画像に写った文字を読んでください
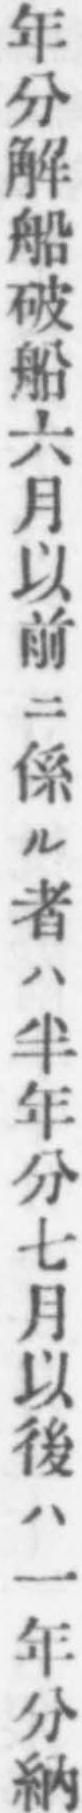
「年分解船破船六月以前ニ係ル者ハ半年分七月以後ハ一年分納」と書いてあります